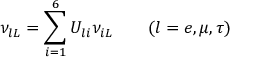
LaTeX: \nu _ { l L } = \sum _ { i = 1 } ^ { 6 } U _ { l i } \nu _ { i L } \qquad ( l = e , \mu , \tau )